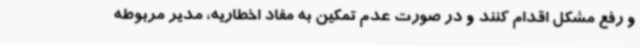
و رفع مشکل اقدام کنند و در صورت عدم تمکین به مفاد اخطاریه، مدیر مربوطه